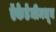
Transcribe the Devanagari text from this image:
ऍकेडेमीमधून